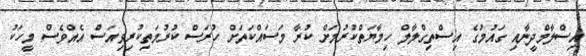
އިސްލާމްދީނާއި ގައުމުގެ އިސްތިގްލާލް ހިމާޔަތްކުރުމަށް ކުރާ މަސައްކަތަށް ހުރަސް ކުރުމަތިކުރިވިއަސް އެއްވެސް މީހަކު